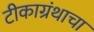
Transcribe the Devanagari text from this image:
टीकाग्रंथाचा